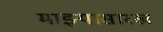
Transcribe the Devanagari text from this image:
माझ्यासारख